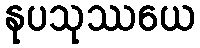
နုပသုဿယေ